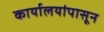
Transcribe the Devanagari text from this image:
कार्यालयांपासून